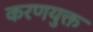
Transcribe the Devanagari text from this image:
करणयुक्त